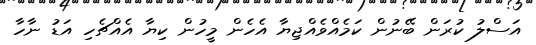
އަސްލު ކުރަން ބޭނުން ކަމެއްވެއްޖިޔާ އެހެން މީހުން ކިޔާ އެއްޗެހި އަޑު ނާހާ